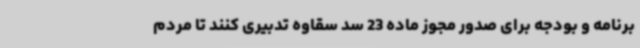
برنامه و بودجه برای صدور مجوز ماده 23 سد سقاوه تدبیری کنند تا مردم